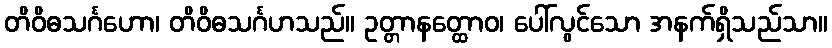
တိဝိဓသင်္ဂဟော၊ တိဝိဓသင်္ဂဟသည်။ ဥတ္တာနတ္ထောဝ၊ ပေါ်လွင်သော အနက်ရှိသည်သာ။